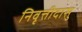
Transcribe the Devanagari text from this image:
निवृत्तीदासु